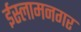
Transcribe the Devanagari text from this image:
ईस्लामनगर